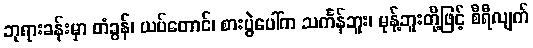
ဘုရားခန်းမှာ တံခွန်၊ ယပ်တောင်၊ စားပွဲပေါ်က သင်္ကန်ဘူး၊ မုန့်ဘူးတို့ဖြင့် စီရီလျက်